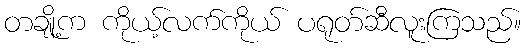
တချို့က ကိုယ့်လက်ကိုယ် ပရုတ်ဆီလူးကြသည်။